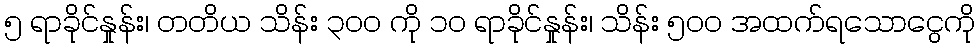
၅ ရာခိုင်နှုန်း၊ တတိယ သိန်း ၃၀၀ ကို ၁၀ ရာခိုင်နှုန်း၊ သိန်း ၅၀၀ အထက်ရသောငွေကို